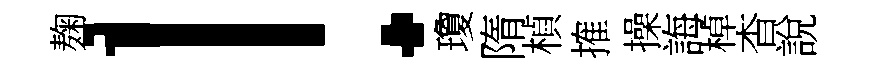
麹！瓊隋楨搉操誨棹杳說